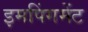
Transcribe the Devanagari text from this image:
इमपिंगमेंट